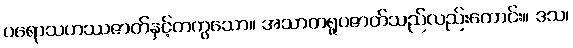
ပရောသဟဿဇာတ်နှင့်တကွသော။ အသာတရူပဇာတ်သည်လည်းကောင်း။ ဒသ၊